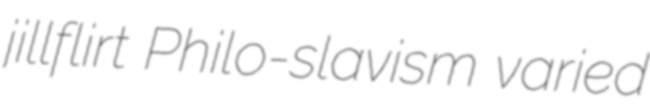
jillflirt Philo-slavism varied